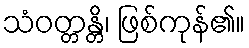
သံဝတ္တန္တိ၊ ဖြစ်ကုန်၏။